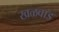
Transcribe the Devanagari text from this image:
खळवाड